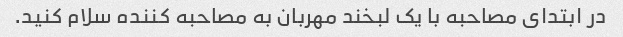
در ابتدای مصاحبه با یک لبخند مهربان به مصاحبه کننده سلام کنید.